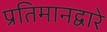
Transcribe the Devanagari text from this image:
प्रतिमानद्वारे